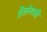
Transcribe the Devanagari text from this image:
तेलंगसी